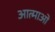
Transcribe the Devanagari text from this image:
आत्माओ